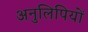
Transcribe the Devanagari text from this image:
अनुलिपियों